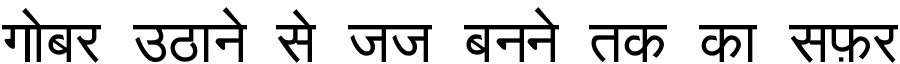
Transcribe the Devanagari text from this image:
गोबर उठाने से जज बनने तक का सफ़र